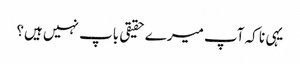
یہی نا کہ آپ میرے حقیقی باپ نہیں ہیں؟